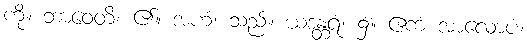
ကို။ ဘာဝေတိ၊ ၏။ အဟံ၊ သည်။ ယဒန္တရံ၊ ၌။ ဧကံ အာလောပံ၊